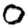
Digit: 0